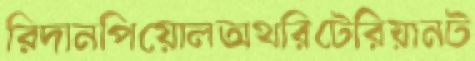
রিদানপিয়োলঅথরিটেরিয়ানট